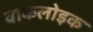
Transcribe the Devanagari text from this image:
वाकलोइक